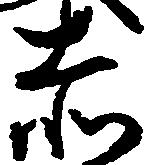
赤